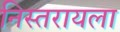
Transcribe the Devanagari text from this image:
निस्तरायला